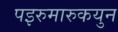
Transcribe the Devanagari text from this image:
पइरुमारुकयुन